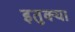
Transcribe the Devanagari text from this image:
इतुक्या